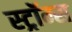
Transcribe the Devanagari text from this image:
स्ट्रॉम्स